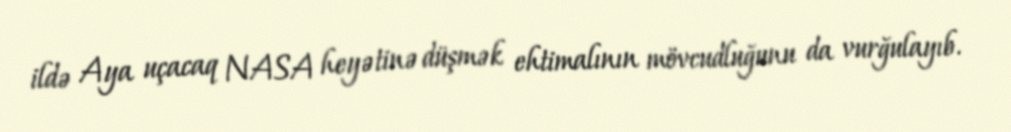
ildə Aya uçacaq NASA heyətinə düşmək ehtimalının mövcudluğunu da vurğulayıb.